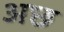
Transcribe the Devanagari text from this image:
अछ